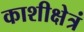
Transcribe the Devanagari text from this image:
काशीक्षेत्रं